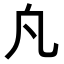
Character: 𭂫